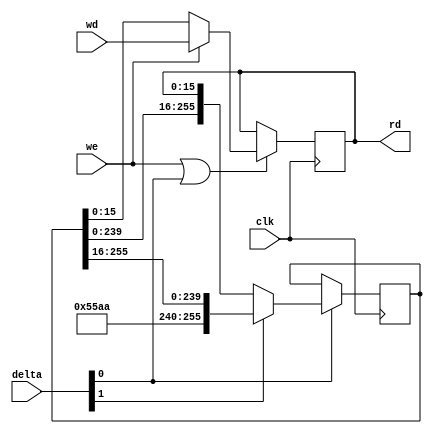
//`default_nettype none
// From Mecrisp-Ice repo
`define WIDTH 16

module stack2(
  input wire clk,
  output wire [`WIDTH-1:0] rd,
  input wire we,
  input wire [1:0] delta,
  input wire [`WIDTH-1:0] wd
);

  parameter DEPTH = 16;
  localparam BITS = (`WIDTH * DEPTH) - 1;

  wire move = delta[0];

  reg [15:0] head;
  reg [BITS:0] tail;
  wire [15:0] headN;
  wire [BITS:0] tailN;

  assign headN = we ? wd : tail[15:0];
  assign tailN = delta[1] ? {16'h55aa, tail[BITS:16]} : {tail[BITS-16:0], head};

  always @(posedge clk) begin
    if (we | move)
      head <= headN;
    if (move)
      tail <= tailN;
  end

  assign rd = head;
endmodule